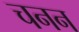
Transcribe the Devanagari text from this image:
चनन